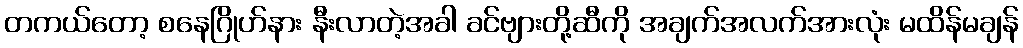
တကယ်တော့ စနေဂြိုဟ်နား နီးလာတဲ့အခါ ခင်ဗျားတို့ဆီကို အချက်အလက်အားလုံး မထိန်မချန်